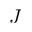
\boldsymbol J